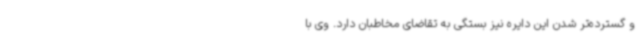
و گسترده‌تر شدن این دایره نیز بستگی به تقاضای مخاطبان دارد. وی با